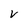
Character: V